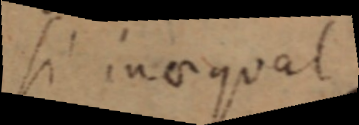
si inaequal